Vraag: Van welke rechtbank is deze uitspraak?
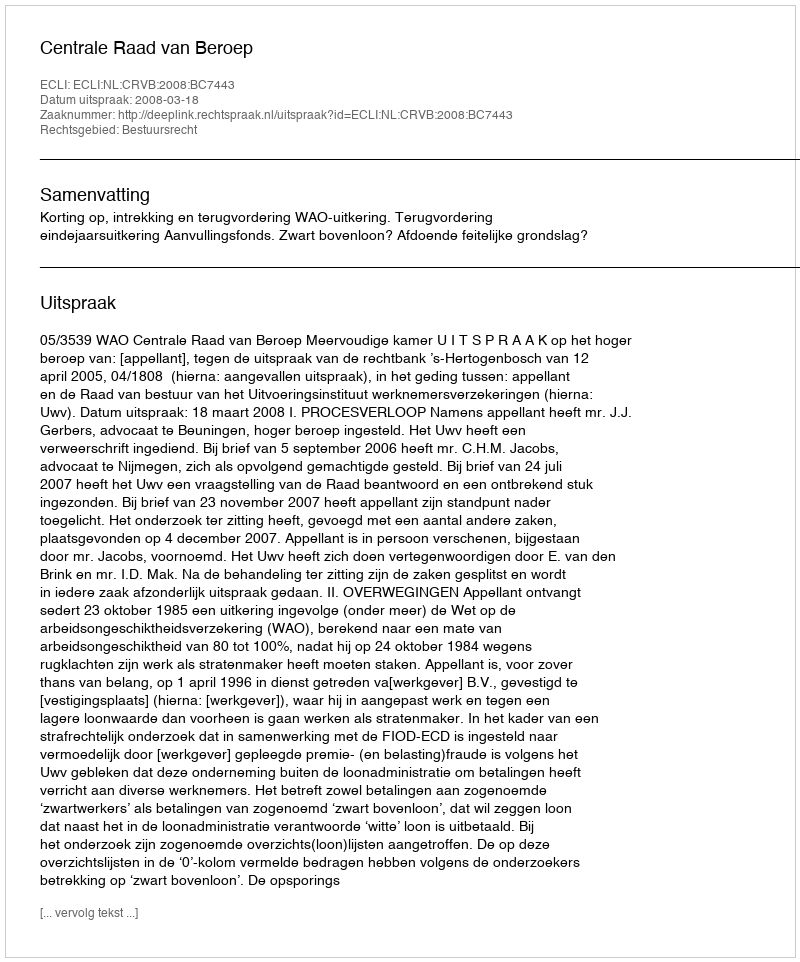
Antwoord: Centrale Raad van Beroep